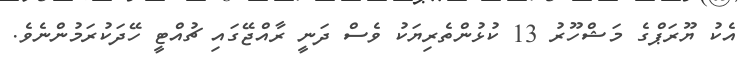
އެކު ޔޫރަޕްގެ މަޝްހޫރު 13 ކުޅުންތެރިޔަކު ވެސް ދަނީ ރާއްޖޭގައި ޗުއްޓީ ހޭދަކުރަމުންނެވެ.